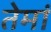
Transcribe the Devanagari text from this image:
तेमां